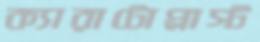
ক্যারাটোপ্লাস্ট